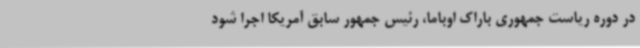
در دوره ریاست جمهوری باراک اوباما، رئیس جمهور سابق آمریکا اجرا شود